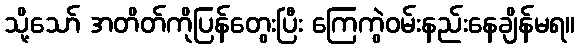
သို့သော် အတိတ်ကိုပြန်တွေးပြီး ကြေကွဲဝမ်းနည်းနေချိန်မရ။